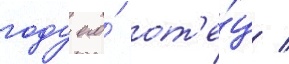
году его́ от'е́ц /